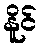
နိူင်